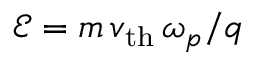
\mathcal { E } = m \, v _ { \mathrm { t h } } \, \omega _ { p } / q